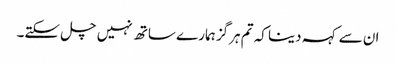
ان سے کہہ دینا کہ تم ہرگز ہمارے ساتھ نہیں چل سکتے۔